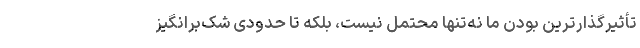
تأثیر‌گذارترین بودن ما نه‌تنها محتمل نیست، بلکه تا حدودی شک‌برانگیز